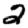
Digit: 2